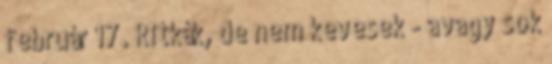
február 17. Ritkák, de nem kevesek - avagy sok